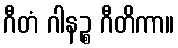
ဂီတံ ဂါနဉ္စ ဂီတိကာ။